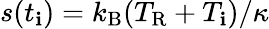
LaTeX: s(t_{\mathbf{i}})=k_{\mathrm{{B}}}(T_{\mathrm{{R}}}+T_{\mathbf{i}})/\kappa